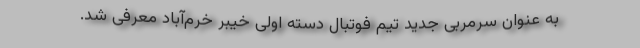
به عنوان سرمربی جدید تیم فوتبال دسته اولی خیبر خرم‌آباد معرفی شد.